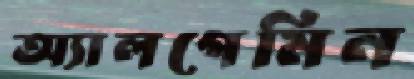
অ্যালগেমিন